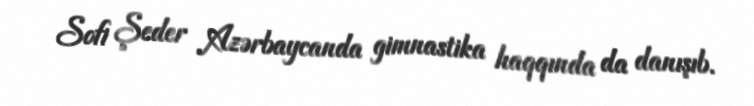
Sofi Şeder Azərbaycanda gimnastika haqqında da danışıb.